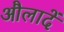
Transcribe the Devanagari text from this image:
औलादें